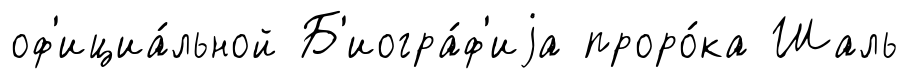
оф'ициа́льной Б'иогра́ф'иjа проро́ка Шаль